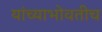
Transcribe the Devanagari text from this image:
यांच्याभोवतीच